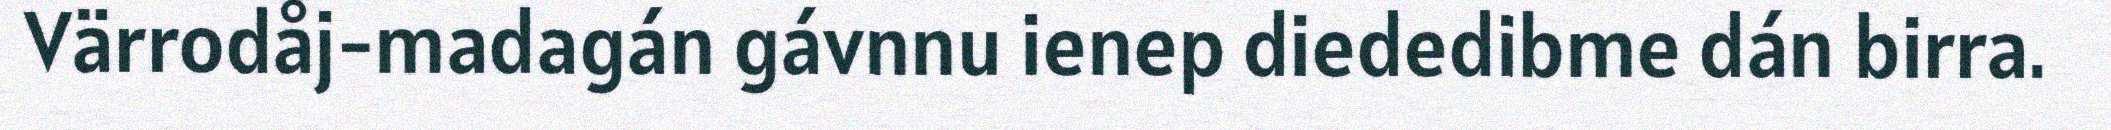
Värrodåj-madagán gávnnu ienep diededibme dán birra.